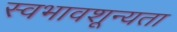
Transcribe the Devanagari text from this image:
स्वभावशून्यता